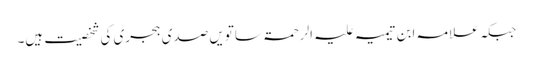
جبکہ علامہ ابن تیمیہ علیہ الرحمۃ ساتویں صدی ہجری کی شخصیت ہیں۔